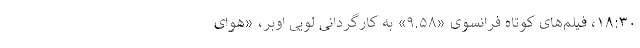
۱۸:۳۰، فیلم‌های کوتاه فرانسوی «۹.۵۸» به کارگردانی لویی اُوبر، «هوای